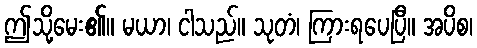
ဤသို့မေး၏။ မယာ၊ ငါသည်။ သုတံ၊ ကြားရပေပြီ။ အပိစ၊